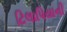
ટિલાપિયાની